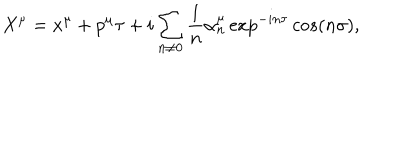
LaTeX: X ^ { \mu } = x ^ { \mu } + p ^ { \mu } \tau + i \sum _ { n \neq 0 } \frac { 1 } { n } \alpha _ { n } ^ { \mu } \exp ^ { - i n \tau } c o s ( n \sigma ) , \nonumber